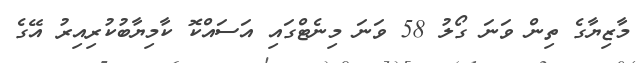
މާޒިޔާގެ ތިން ވަނަ ގޯލު 58 ވަނަ މިނެޓްގައި އަސައްކޮ ކާމިޔާބުކުރިއިރު އޭގެ